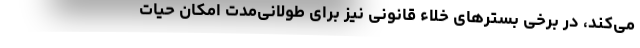
می‌کند، در برخی بسترهای خلاء قانونی نیز برای طولانی‌مدت امکان حیات